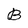
Character: B